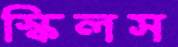
স্কিলস